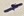
Text: -